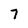
Character: 7